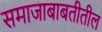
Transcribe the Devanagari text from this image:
समाजाबाबतीतील